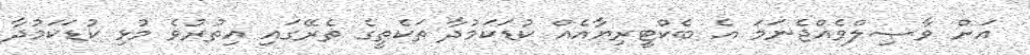
އަށް ވާޞިލްވެއްޖެނަމަ އެ ބެކްޓީރިޔާއެއް ކުޑަކަމުދާ ތަކެތީގެ ތެރޭގައި އިތުރުވެ މުޅި ކުޑަކަމުދާ